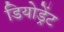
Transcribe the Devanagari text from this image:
डियोड्रेंट